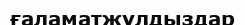
ғаламатжұлдыздар